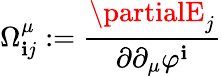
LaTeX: \Omega_{\mathbf{i}j}^{\mu}:=\frac{{\partialE_{j}}}{{\partial\partial_{\mu}\varphi^{\mathbf{i}}}}